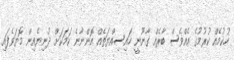
ހުކުމެއް ކުރުމުގެ އެއްވެސް ބާރެއް ގާނޫނީ ހައިސިއްޔަތެއް އޮންނާނެ ކަމަކަށް ދުނިޔެއިން މޮޔަވެފައި